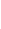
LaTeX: \! \! \! \! \! \! \! \! \! \! \! \Gamma\! \! \! \! \! \! \! \! \! \! \! \! =\! \! \! \! \! \! \! \! \! \! \! \! \{ \mathbf{A}\! \! \! \! \! \! \! \! \! \! \! \! (\! \! \! \! \! \! \! \! \! \! \! \! \mathbf{{x}}\! \! \! \! \! \! \! \! \! \! \! \! )\! \! \! \! \! \! \! \! \! \! \! \! ,\! \! \! \! \! \! \! \! \! \! \! \! ,\! \! \! \! \! \! \! \! \! \! \! \! \! \! \! \! \! \! \! \! \! \! \! \! \mathbf{{x}}\! \! \! \! \! \! \! \! \! \! \! \! \in\! \! \! \! \! \! \! \! \! \! \! \! \! \! \! \! \! \! \! \! \! \! \! \! \partial\! \! \! \! \! \! \! \! \! \! \! \! B\! \! \! \! \! \! \! \! \! \! \! \! \} \! \! \! \! \! \! \! \! \! \! \! \! .\! \! \! \! \! \! \! \! \! \! \!